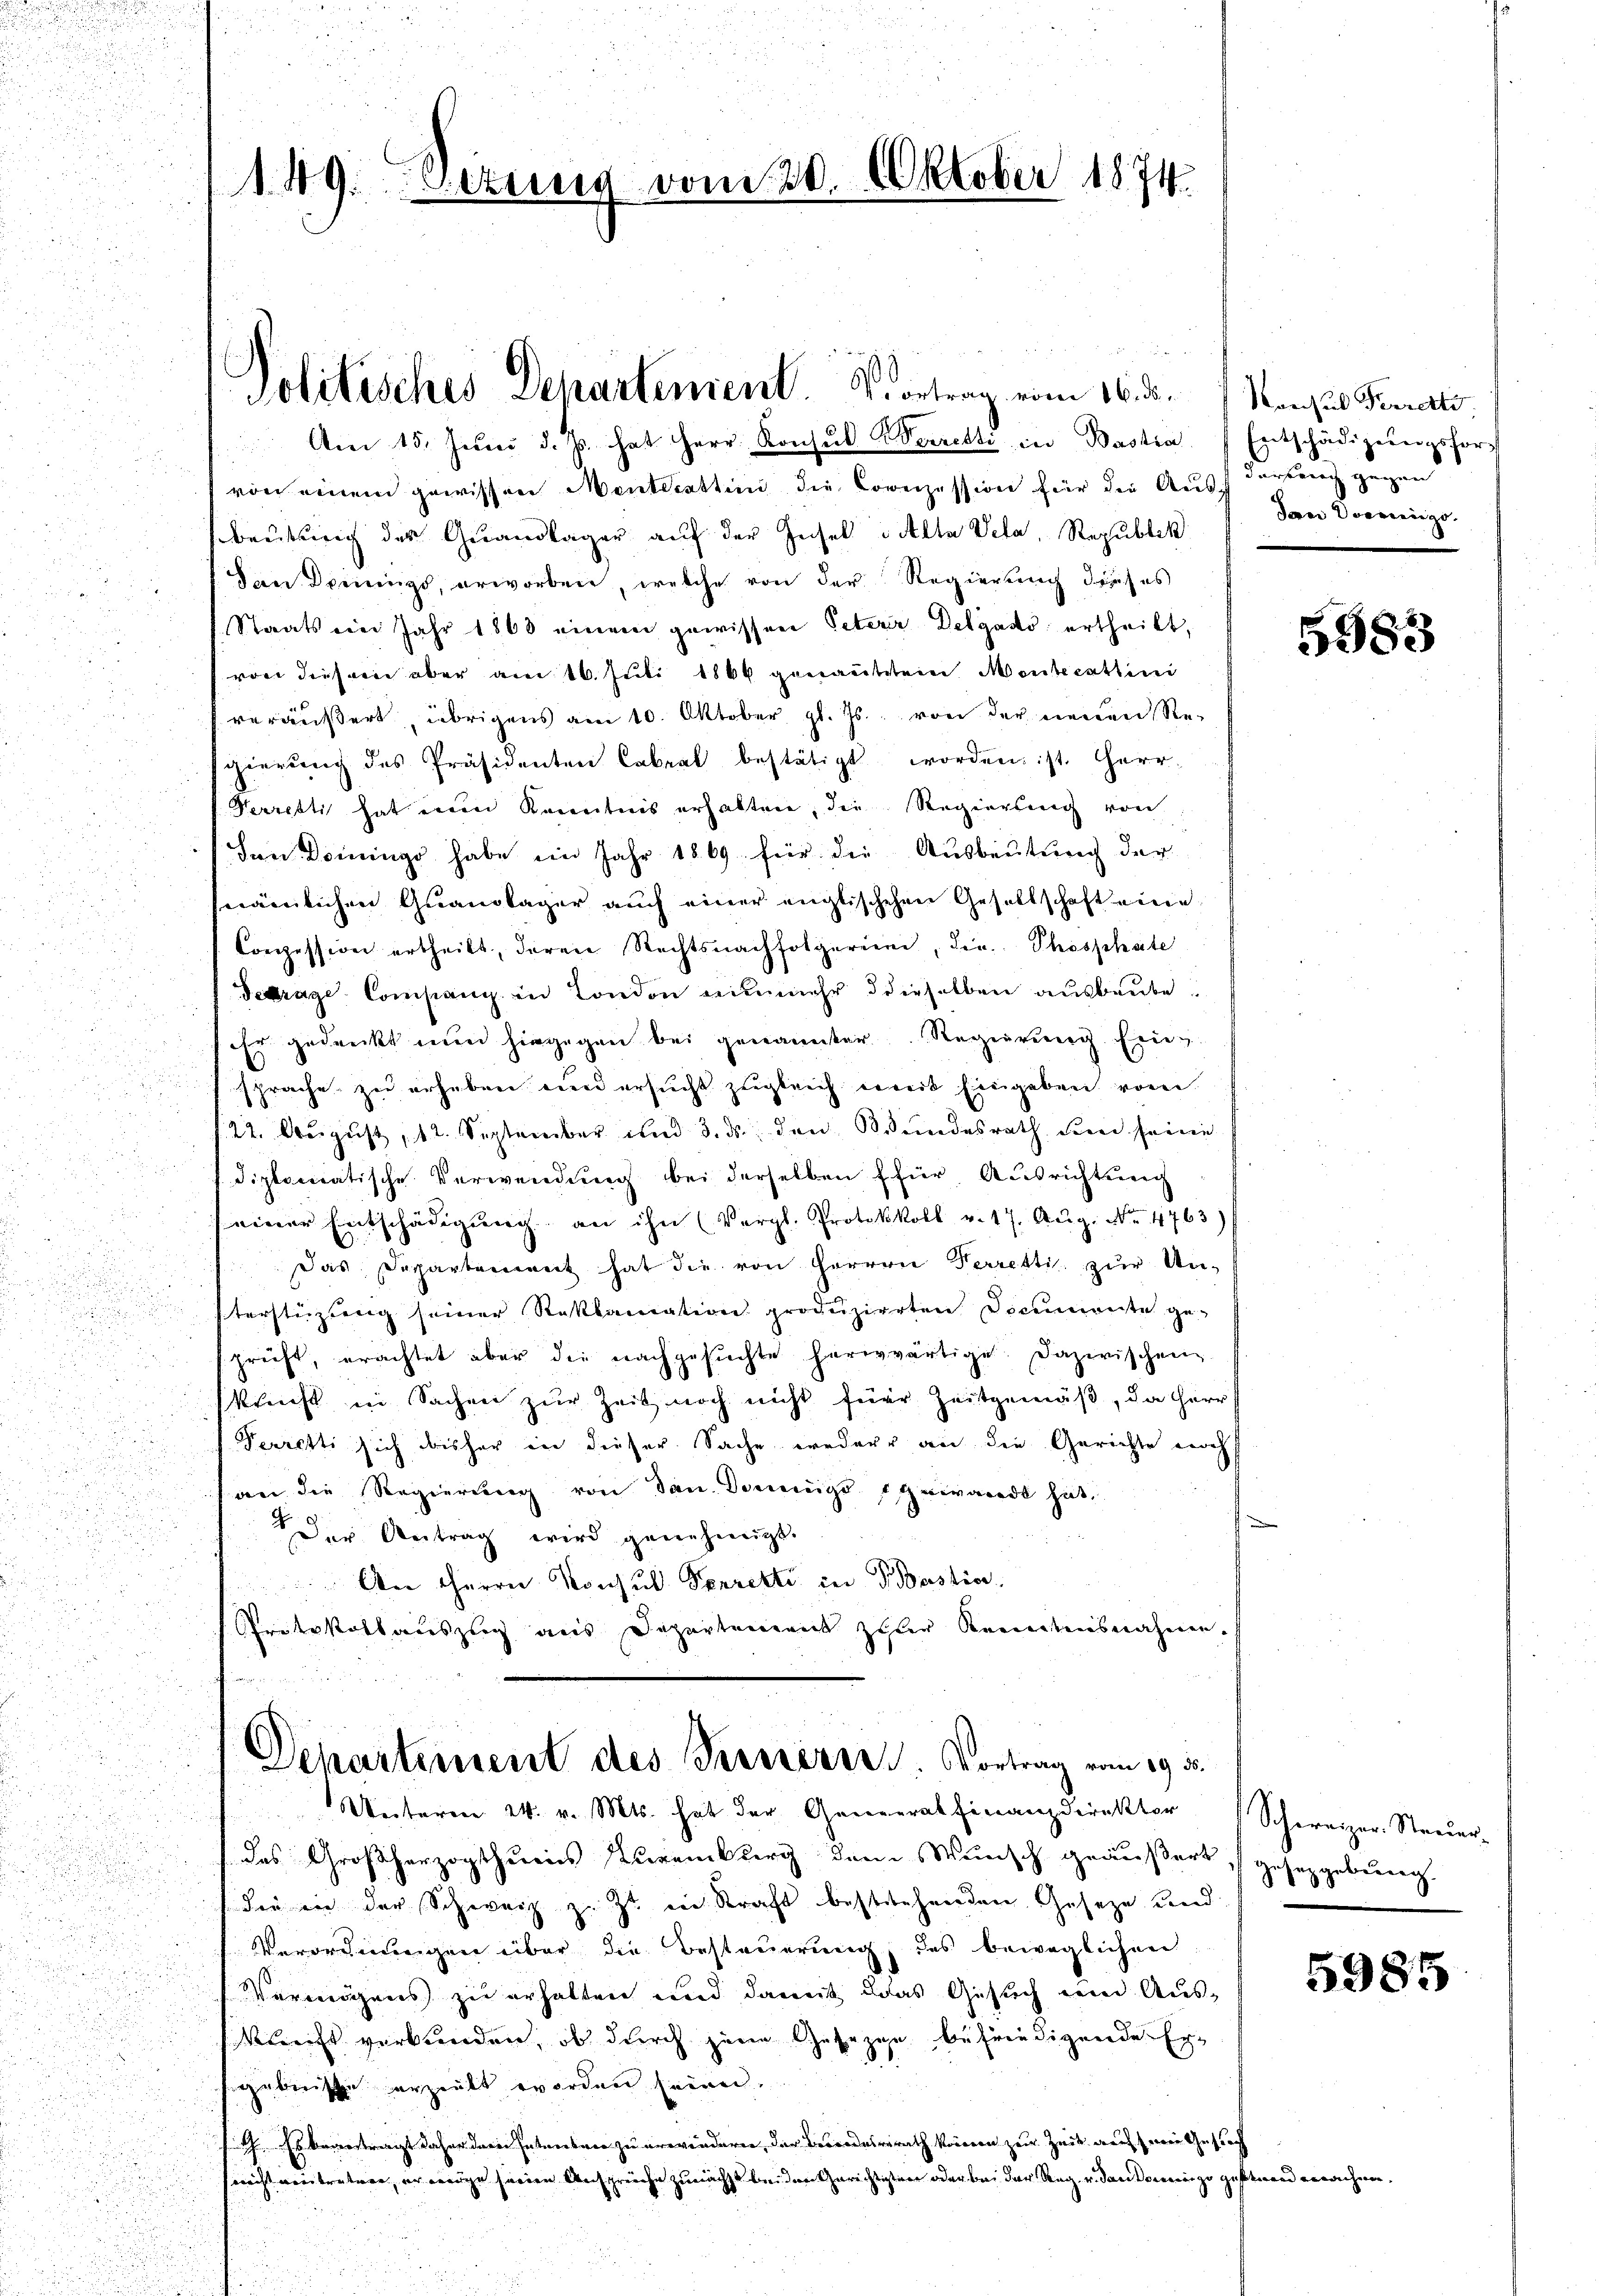
a
Politisches Departement. Vortrag vom 16. ds. Marchus Perresti
 Am 15. Jŭni d. Js. hat Herr Konsŭl Weizetti in Bastia, Entschädigŭngsforvon einem gewissen Menteceattini die Cornzession für die Aus dartung gegen
beutung des Quandlager auf der Gesel valta Veta, Republik
dden Dreiung, erworben, welche von der Regierung durch es
Staats vier Jahr 1868 einem gewissen Peterer Delgado ertheilt,
von diesem aber am 16. Juli 1866 genanntstem Menscattini
u
veräußert, übrigens am 10. Oktober gl. Js. von der neuen Re-
gierung des Präsidenten Cabrat bestätigt worden ist. Herr
Verresti hat einen Racentnis erhalten, die Regierung von
Den Dominge habe im Jahr 1869 für die Ausbeutung der
d
nämlichen Quandlager auch einer englischehen Gesellschaft eine
u
Conzession ertheilt, deren Rechtsnachfolgering, die Phosphate
Tetrage Company in London nunmehr derselben ausbaube.
5
ihr gedruckt nun hingegen bei genannter Regierung. Frie
d
i

sprache zu erheben wird ersucht zugleich erweit Eingaben vor

25
ir zu
22. August, 12. September und 3. ds. den Bundesrath den seine
u

diplomatische Verwendung bei derselben (für Ausrichtung
2
seiner Entschädigŭng an ihn (Vergl. Protokkoll v. 17. Aŭg. No 4763)
Das Departement hat die von Herren Verretti, zur Uni
terstüzung seiner Reklamation produzierten Documente ge-
d
prüft, erachtet aber die nachgesŭchte herwärtige. Dazwischen
i
kraft in Sachen zŭr Zeit noch nicht für Zeitgemäß, da herr
i
Perretti sich bisher in dieser Sache weder an die Gerichte noch

.

an die Regierung von Dan. Donnigsgewandt hat.

d
u
Der Antrag wird genehmigt.
.

An Herrn Konsul Sorretti in Bestia
u
Protokollauszug aus Departement zuler Kenntensnahmen.
 en
u
 Departement des Terriere. Vortrag vom 19. 35.

Unterm 24. v. Mts. hat der General finanzdirektor Schweizer-Steŭer-
 des Großherzogthumes Zureiburg dem Wunsch geäußert, gesetzgebung.
der ein der Schweiz zu zu in Kraft bestitehenden Geseze und
Verordnungen über die Besteuerung des beweglichen
Vermögens zu erhalten und damit das Gesuch um Aus¬
Klerist verbunden, ob durch jene Gesetze befriedigende Ergebnisse erzeilt worden seinen.
¬
G. Es bevortragt daher darin Intens vor zu erwindern, der Besondesrath können zur Zeit auf wie Gesuch
necht vertreten, er wenige seine Anspreche zunächst beiden Gerichtigten oder bei der Reg. v. danken zu gestand erachen.

.

149. Eitung vom 20. Oktober 1874.

Jan Doceniigo.

5383

5985